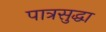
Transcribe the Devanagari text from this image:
पात्रसुद्धा